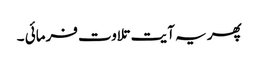
پھر یہ آیت تلاوت فرمائی ۔